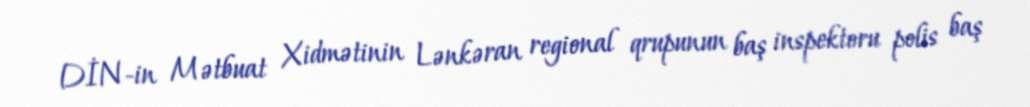
DİN-in Mətbuat Xidmətinin Lənkəran regional qrupunun baş inspektoru polis baş